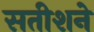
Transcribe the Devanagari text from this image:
सतीशने